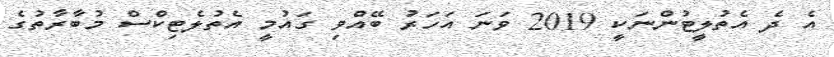
އެ ދެ އެތުލީޓުންނަކީ 2019 ވަނަ އަހަރު ބޭއްވި ގައުމީ އެތުލެޓިކްސް މުބާރާތުގެ